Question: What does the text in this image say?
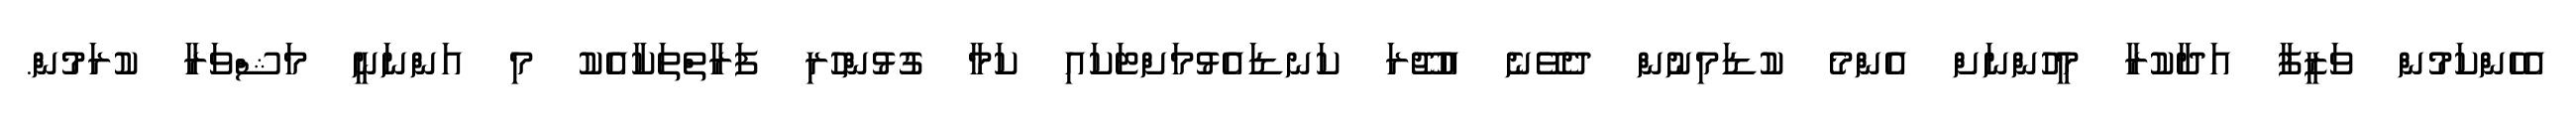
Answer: އެހެންކަމުން ވަޒީފާ އަދާކުރާ މީހުންނަށް އެންމެ ކުޑަމިނުން ދެވޭނެ އުޖޫރަ ކަނޑައެޅުމަށްޓަކައި ކަމާ ގުޅުންހުރި ފަރާތްތަކާއެކު މި އަންނަނީ މަޝްވަރާ ކުރަމުން.